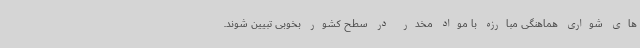
های شواری هماهنگی مبارزه با مواد مخدر در سطح کشور بخوبی تبیین شوند.